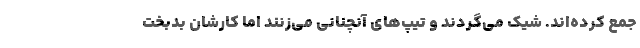
جمع کرده‌اند. شیک می‌گردند و تیپ‌های آنچنانی می‌زنند اما کارشان بدبخت